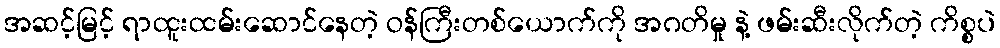
အဆင့်မြင့် ရာထူးထမ်းဆောင်နေတဲ့ ဝန်ကြီးတစ်ယောက်ကို အဂတိမှု နဲ့ ဖမ်းဆီးလိုက်တဲ့ ကိစ္စပဲ